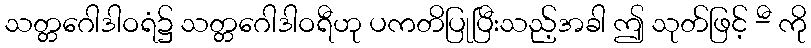
သတ္တဂေါဒါဝရံ၌ သတ္တဂေါဒါဝရီဟု ပကတိပြုပြီးသည့်အခါ ဤ သုတ်ဖြင့် -ီ ကို